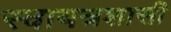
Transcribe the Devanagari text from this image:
स्वायत्रशासी